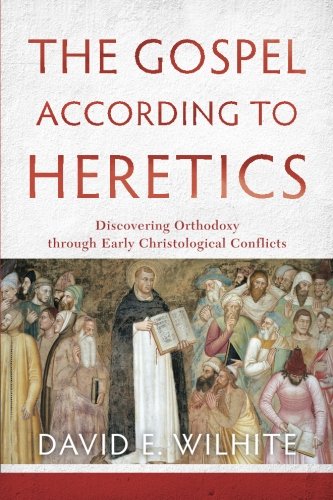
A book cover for The Gospel according to Heretics: Discovering Orthodoxy through Early Christological Conflicts; David E. Wilhite; Christian Books & Bibles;